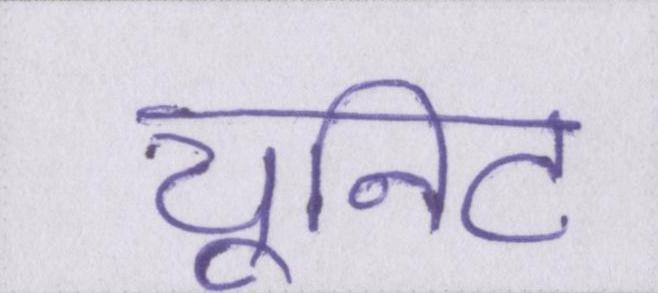
यूनिट